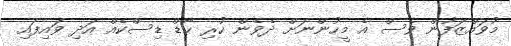
މުވައްޒަފުން ވެސް އެ މީހުންނަށް ދެވެން ހުރި ހާޑް ޑިސްކެއް އަދި ވައިފައި